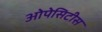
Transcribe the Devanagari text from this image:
ओपेसिटीस